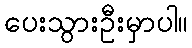
ပေးသွားဦးမှာပါ။